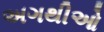
અગથીઓ